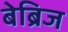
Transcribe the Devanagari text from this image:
बेब्रिज